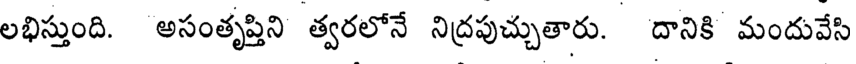
లభిస్తుంది. అసంతృప్తిని త్వరలోనే నిద్రపుచ్చుతారు. దానికి మందువేసి